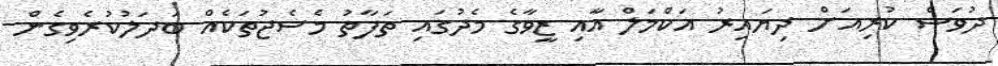
ދުވަސް ކުރިއަށް ދިޔައިރު އަކްމަލް އާއި ޒީވާގެ މެދުގައި ތަފާތު މެސެޖުތަކެއް ބަދަލުކުރެވިގެން